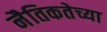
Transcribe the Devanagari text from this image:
नैतिकतेच्या